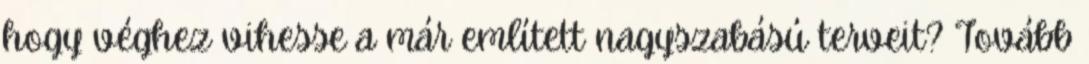
hogy véghez vihesse a már említett nagyszabású terveit? Tovább